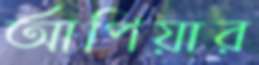
আপিয়ার